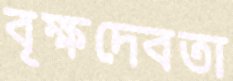
বৃক্ষদেবতা